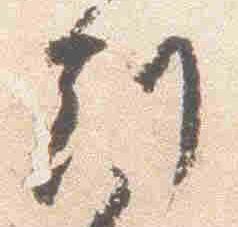
刻